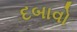
દબાવો